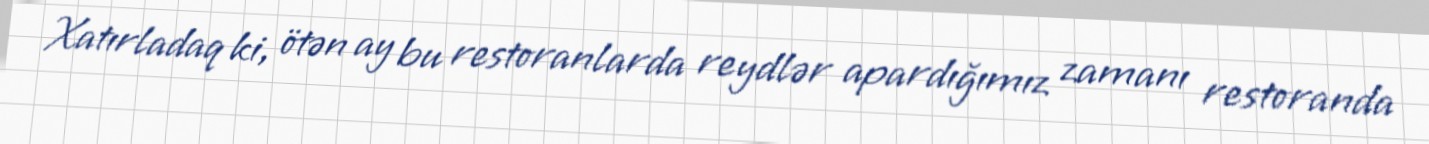
Xatırladaq ki, ötən ay bu restoranlarda reydlər apardığımız zamanı restoranda